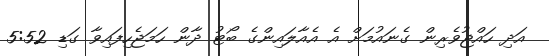
އަދި ހައްޖުވެރިން ގެނައުމަށް އެ އެއާލައިންގެ ބޯޓު ދާން ހަމަޖެހިފައިވާ ގަޑި 5:52